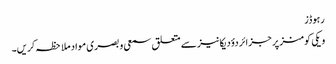
رہوڈز
ویکی کومنز پر جزائر دؤدیکانیز سے متعلق سمعی و بصری مواد ملاحظہ کریں۔